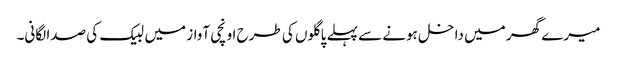
میرے گھر میں داخل ہونے سے پہلے پاگلوں کی طرح اونچی آواز میں لبیک کی صدا لگانی۔